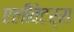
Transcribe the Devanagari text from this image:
एलीवेटर्स